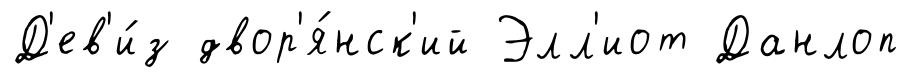
Д'ев'и́з двор'я́нск'ий Элл'иот Данлоп